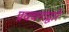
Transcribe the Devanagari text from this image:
प्रवचनांद्वारे